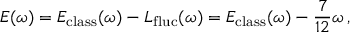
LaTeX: E ( \omega ) = E _ { \mathrm { c l a s s } } ( \omega ) - L _ { \mathrm { f l u c } } ( \omega ) = E _ { \mathrm { c l a s s } } ( \omega ) - \frac { 7 } { 1 2 } \omega \, ,